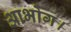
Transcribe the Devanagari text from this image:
आभोग।